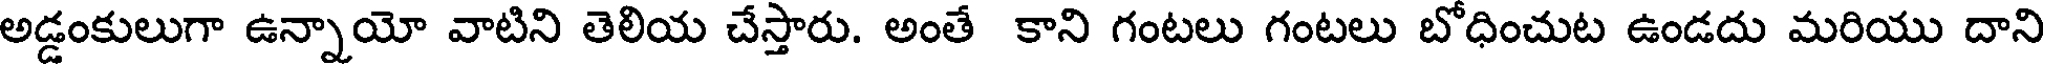
అడ్డంకులుగా ఉన్నాయో వాటిని తెలియ చేస్తారు. అంతే కాని గంటలు గంటలు బోధించుట ఉండదు మరియు దాని